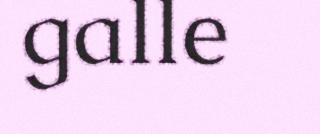
galle